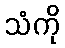
သံကို